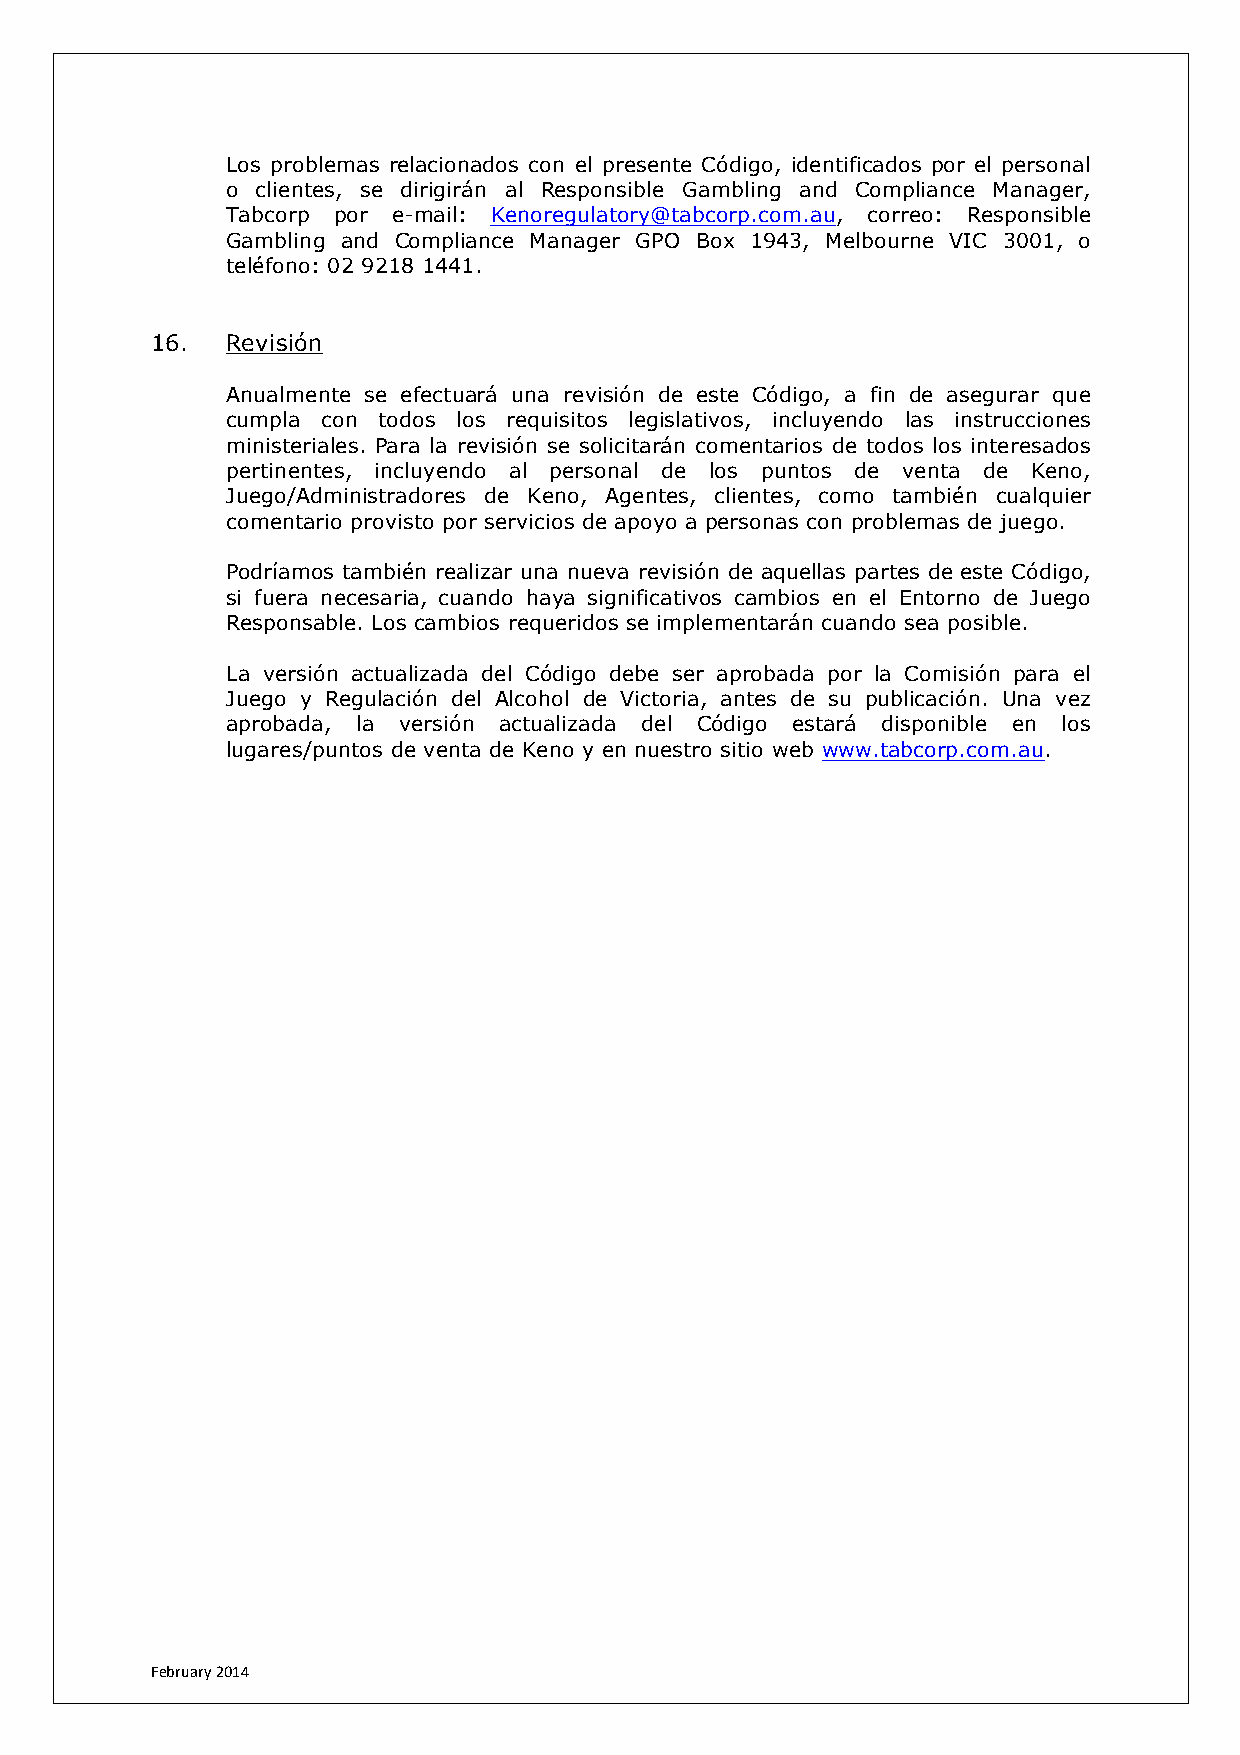
Los problemas relacionados con el presente Código, identificados por el personal
 o clientes, se dirigirán al Responsible Gambling and Compliance Manager,
 Tabcorp por e-mail: Kenoregulatory@tabcorp.com.au, correo: Responsible
 Gambling and Compliance Manager GPO Box 1943, Melbourne VIC 3001, o
 teléfono: 02 9218 1441.
 16.  Revisión
 Anualmente se efectuará una revisión de este Código, a fin de asegurar que
 cumpla con todos los requisitos legislativos, incluyendo las instrucciones
 ministeriales. Para la revisión se solicitarán comentarios de todos los interesados
 pertinentes, incluyendo al personal de los puntos de venta de Keno,
 Juego/Administradores de Keno, Agentes, clientes, como también cualquier
 comentario provisto por servicios de apoyo a personas con problemas de juego.
 Podríamos también realizar una nueva revisión de aquellas partes de este Código,
 si fuera necesaria, cuando haya significativos cambios en el Entorno de Juego
 Responsable. Los cambios requeridos se implementarán cuando sea posible.
 La versión actualizada del Código debe ser aprobada por la Comisión para el
 Juego y Regulación del Alcohol de Victoria, antes de su publicación. Una vez
 aprobada, la versión actualizada del Código estará disponible en los
 lugares/puntos de venta de Keno y en nuestro sitio web www.tabcorp.com.au.
 February 2014